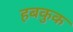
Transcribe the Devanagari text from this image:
हबकुक